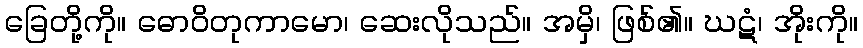
ခြေတို့ကို။ ဓောဝိတုကာမော၊ ဆေးလိုသည်။ အမှိ၊ ဖြစ်၏။ ဃဋံ၊ အိုးကို။